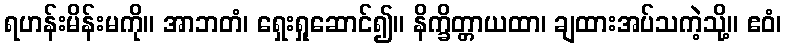
ရဟန်းမိန်းမကို။ အာဘတံ၊ ရှေးရှုဆောင်၍။ နိက္ခိတ္တာယထာ၊ ချထားအပ်သကဲ့သို့။ ဧဝံ၊